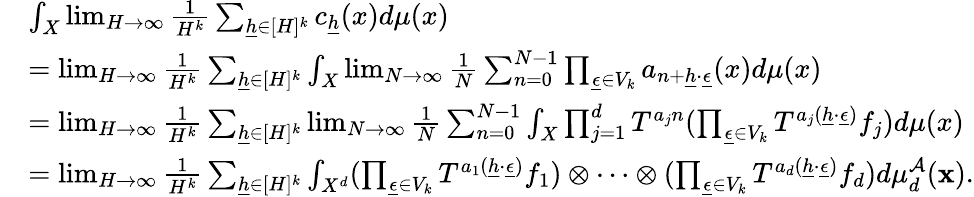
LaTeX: \begin{array}{rl}&{\int_{X}\operatorname*{lim}_{H\rightarrow\infty}\frac{1}{H^{k}}\sum_{\underline{{h}}\in[H]^{k}}c_{\underline{{h}}}(x)d\mu(x)}\\ &{=\operatorname*{lim}_{H\rightarrow\infty}\frac{1}{H^{k}}\sum_{\underline{{h}}\in[H]^{k}}\int_{X}\operatorname*{lim}_{N\rightarrow\infty}\frac{1}{N}\sum_{n=0}^{N-1}\prod_{\underline{{\epsilon}}\in V_{k}}a_{n+\underline{{h}}\cdot\underline{{\epsilon}}}(x)d\mu(x)}\\ &{=\operatorname*{lim}_{H\rightarrow\infty}\frac{1}{H^{k}}\sum_{\underline{{h}}\in[H]^{k}}\operatorname*{lim}_{N\rightarrow\infty}\frac{1}{N}\sum_{n=0}^{N-1}\int_{X}\prod_{j=1}^{d}T^{a_{j}n}(\prod_{\underline{{\epsilon}}\in V_{k}}T^{a_{j}(\underline{{h}}\cdot\underline{{\epsilon}})}f_{j})d\mu(x)}\\ &{=\operatorname*{lim}_{H\rightarrow\infty}\frac{1}{H^{k}}\sum_{\underline{{h}}\in[H]^{k}}\int_{X^{d}}(\prod_{\underline{{\epsilon}}\in V_{k}}T^{a_{1}(\underline{{h}}\cdot\underline{{\epsilon}})}f_{1})\otimes\cdots\otimes(\prod_{\underline{{\epsilon}}\in V_{k}}T^{a_{d}(\underline{{h}}\cdot\underline{{\epsilon}})}f_{d})d\mu_{d}^{\mathcal{A}}(\textbf{x}).}\end{array}